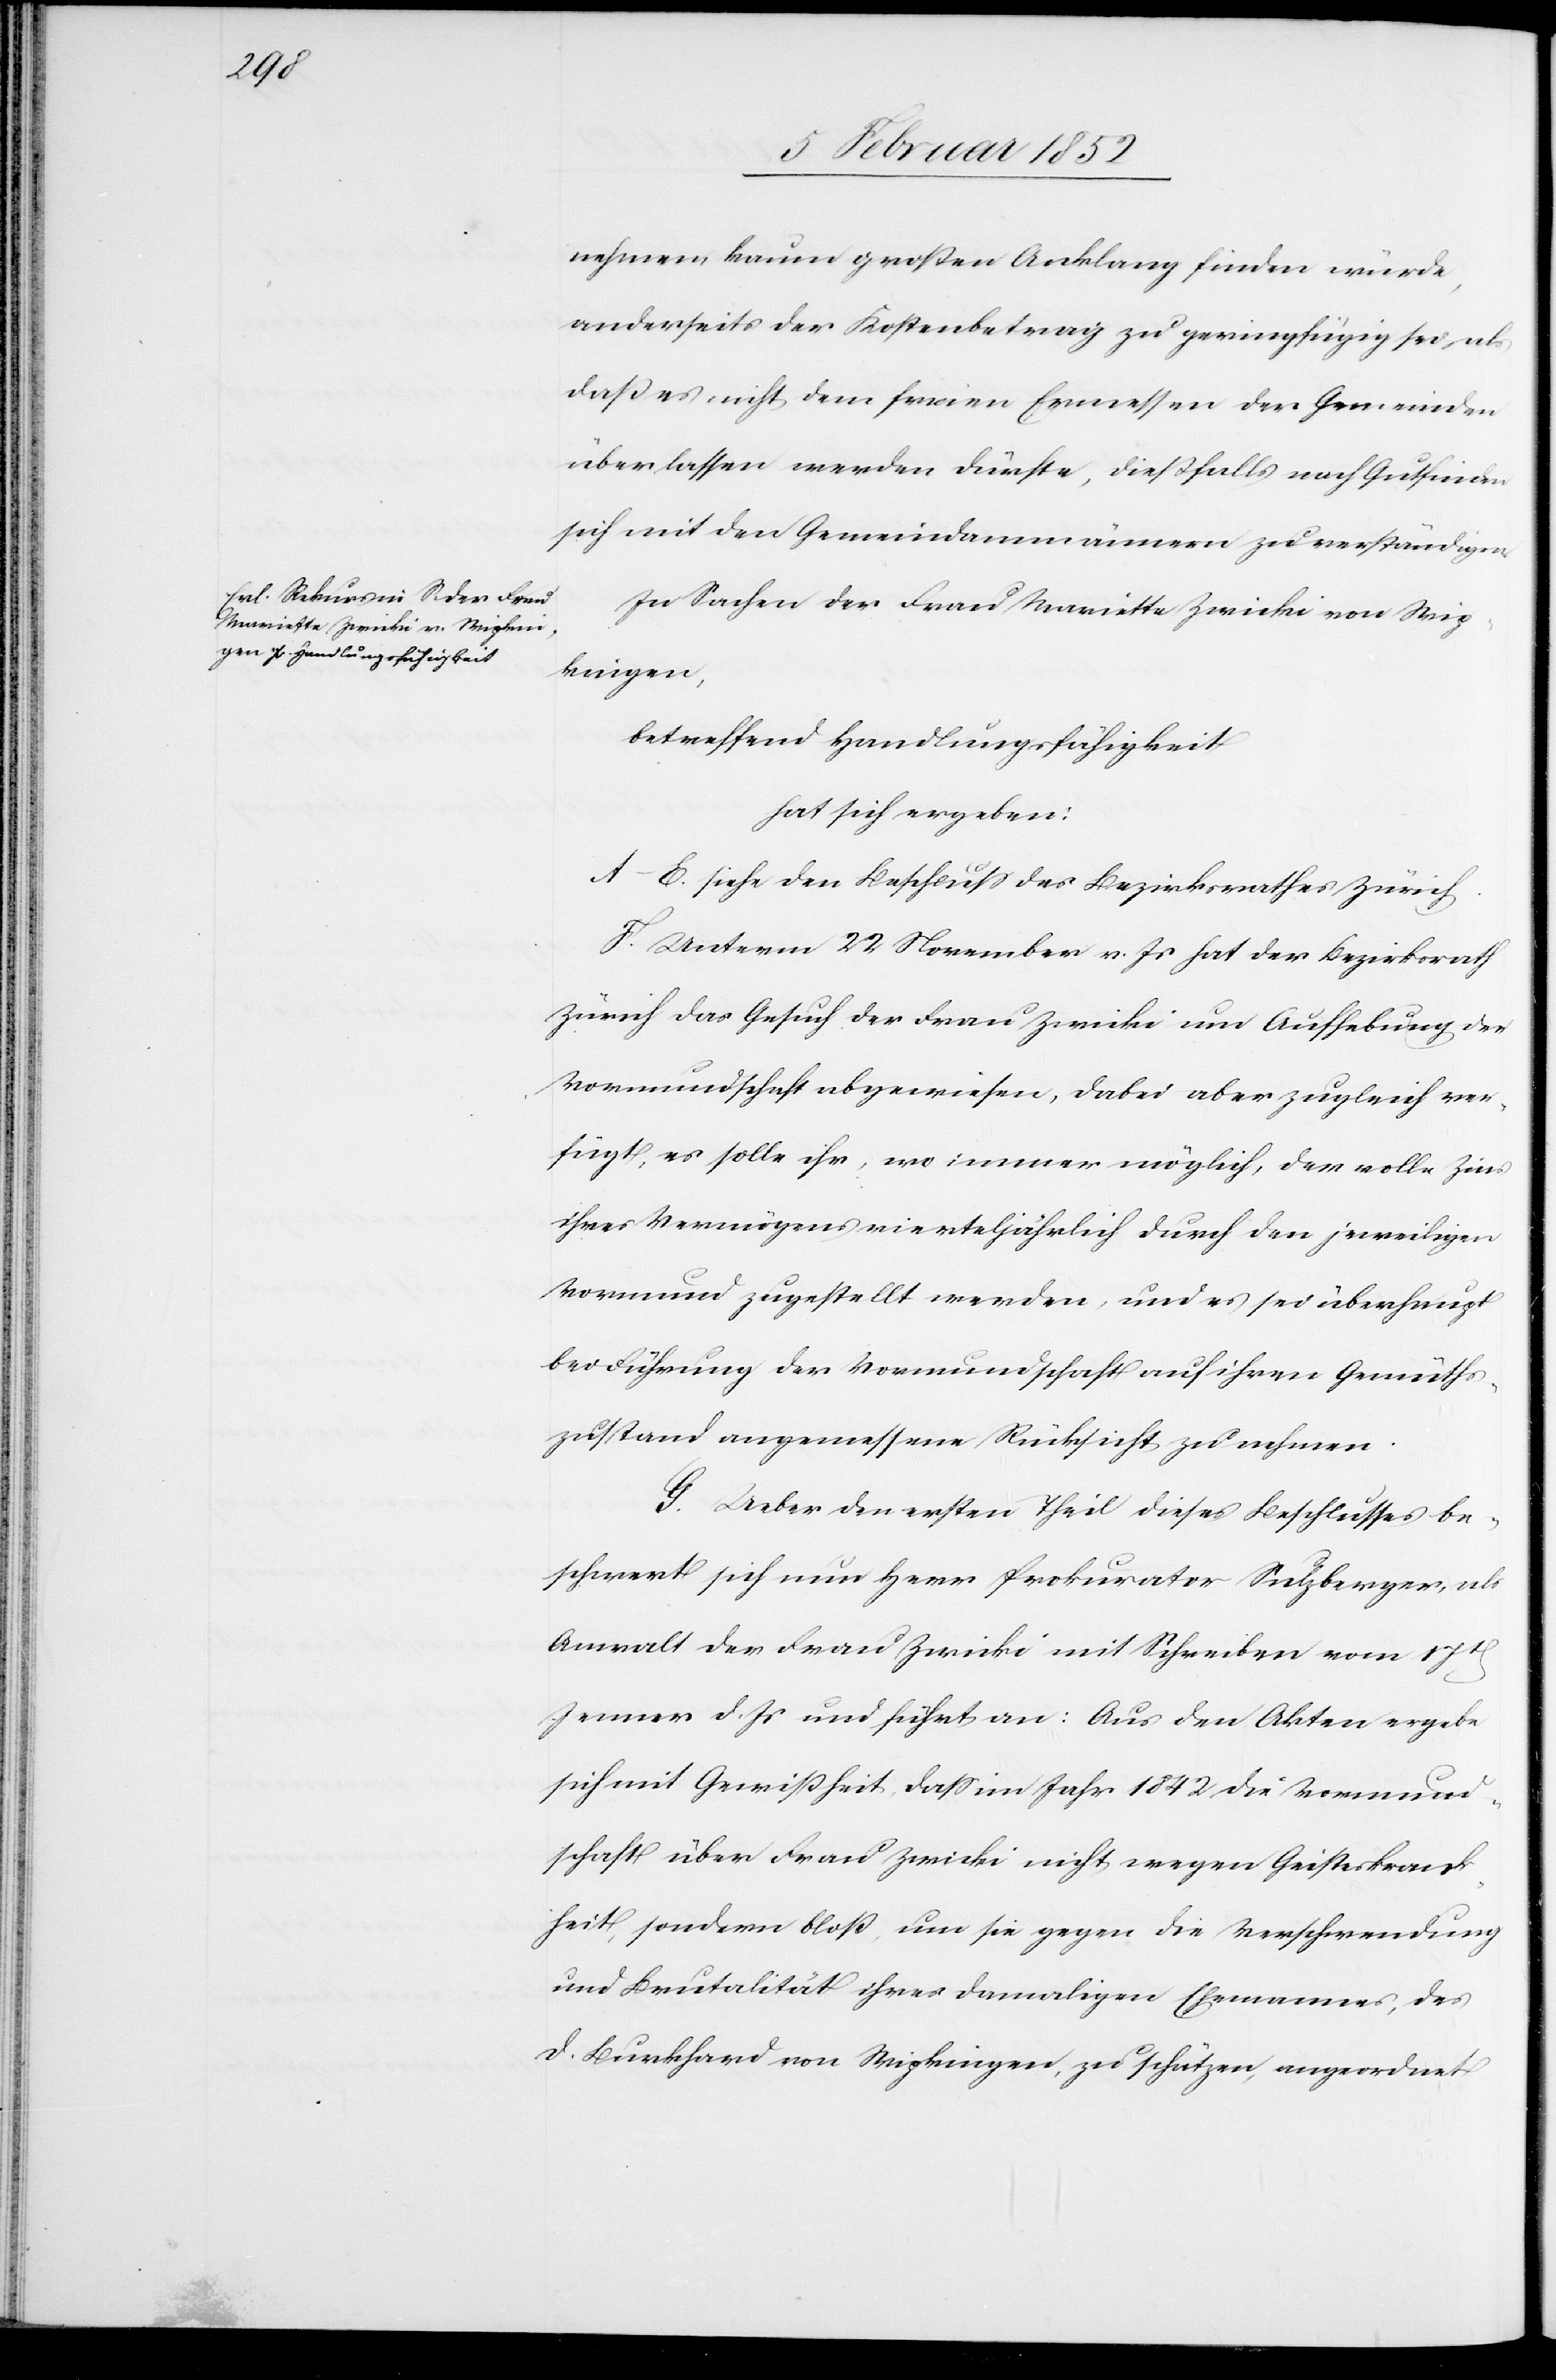
nehmen kaum großen Anklang finden würde,
anderseits der Kostenbetrag zu geringfügig sei, als
daß es nicht dem freien Ermessen der Gemeinden
überlassen werden dürfte, dießfalls nach Gutfinden
sich mit den Gemeindammännern zu verständigen.
In Sachen der Frau Mariette Zwicki von Wip¬
kingen,
betreffend Handlungsfähigkeit
hat sich ergeben:
A–E. siehe den Beschluß des Bezirksrathes Zürich.
F. Unterm 22 November v. Js hat der Bezirksrath
Zürich das Gesuch der Frau Zwicki um Aufhebung der
Vormundschaft abgewiesen, dabei aber zugleich ver¬
fügt, es solle ihr, wo immer möglich, der volle Zins
ihres Vermögens vierteljährlich durch den jeweiligen
Vormund zugestellt werden, und es sei überhaupt
bei Führung der Vormundschaft auf ihren Gemüts¬
zustand angemessen Rücksicht zu nehmen.
G. Ueber den ersten Teil dieses Beschlusses be¬
schwert sich nun Herr Prokurator Sulzberger, als
Anwalt der Frau Zwicki mit Schreiben vom 17t
Jenner d. Js und führt an: Aus den Akten ergebe
sich mit Gewißheit, daß im Jahr 1842 die Vormund¬
schaft über Frau Zwicki nicht wegen Geisteskrank¬
heit, sondern bloß, um sie gegen die Verschwendung
und Brutalität ihres damaligen Ehemannes, des
D. Burkhard von Wipkingen, zu schützen, angeordnet